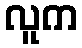
လူက